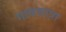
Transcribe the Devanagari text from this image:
गावयात्रा